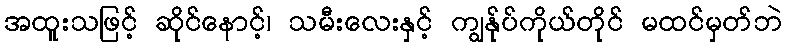
အထူးသဖြင့် ဆိုင်နောင့်၊ သမီးလေးနှင့် ကျွန်ုပ်ကိုယ်တိုင် မထင်မှတ်ဘဲ